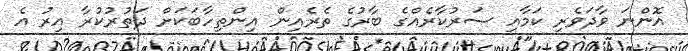
އޮންނަ ވާދަވެރި ކަމާއި ސަރުކާރެއްގެ ބާރުގެ ތެރެއިން އިންތިހާބަކަށް ދަތުރުކުރާ އިރު އެ